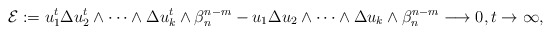
\begin{align*}\mathcal{E}:=u_1^t \Delta u_2^t\wedge\dots\wedge\Delta u_{k }^t \wedge\beta_n^{n-m} -u_1\Delta u_2\wedge\dots\wedge\Delta u_{k }\wedge\beta_n^{n-m}\longrightarrow0, t\to\infty, \end{align*}